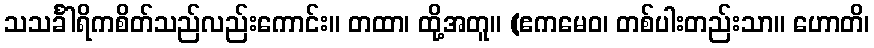
သသင်္ခါရိကစိတ်သည်လည်းကောင်း။ တထာ၊ ထို့အတူ။ (ဧကမေဝ၊ တစ်ပါးတည်းသာ။ ဟောတိ၊